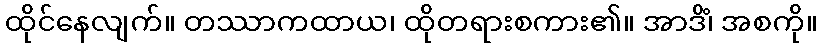
ထိုင်နေလျက်။ တဿာကထာယ၊ ထိုတရားစကား၏။ အာဒိံ၊ အစကို။